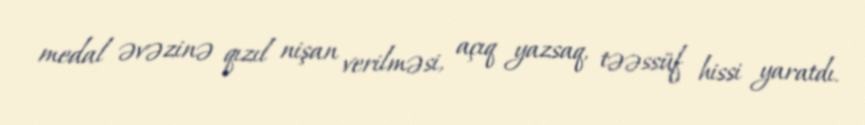
medal əvəzinə qızıl nişan verilməsi, açıq yazsaq, təəssüf hissi yaratdı.